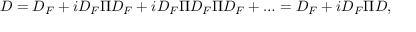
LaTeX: { \cal D } = D _ { F } + i D _ { F } \Pi D _ { F } + i D _ { F } \Pi D _ { F } \Pi D _ { F } + \ldots = D _ { F } + i D _ { F } \Pi { \cal D } ,